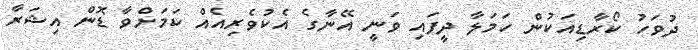
ދުވަހު ކޯރާޑިއަކުން ހަމަލާ ދީފައި ވަނީ އޭނާގެ އެކުވެރިއެއް ކަމަށްވާ ޑޮން އިޝަރާ